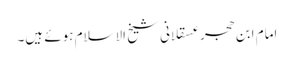
امام ابن حجر عسقلانی شیخ الاسلام ہوئے ہیں۔